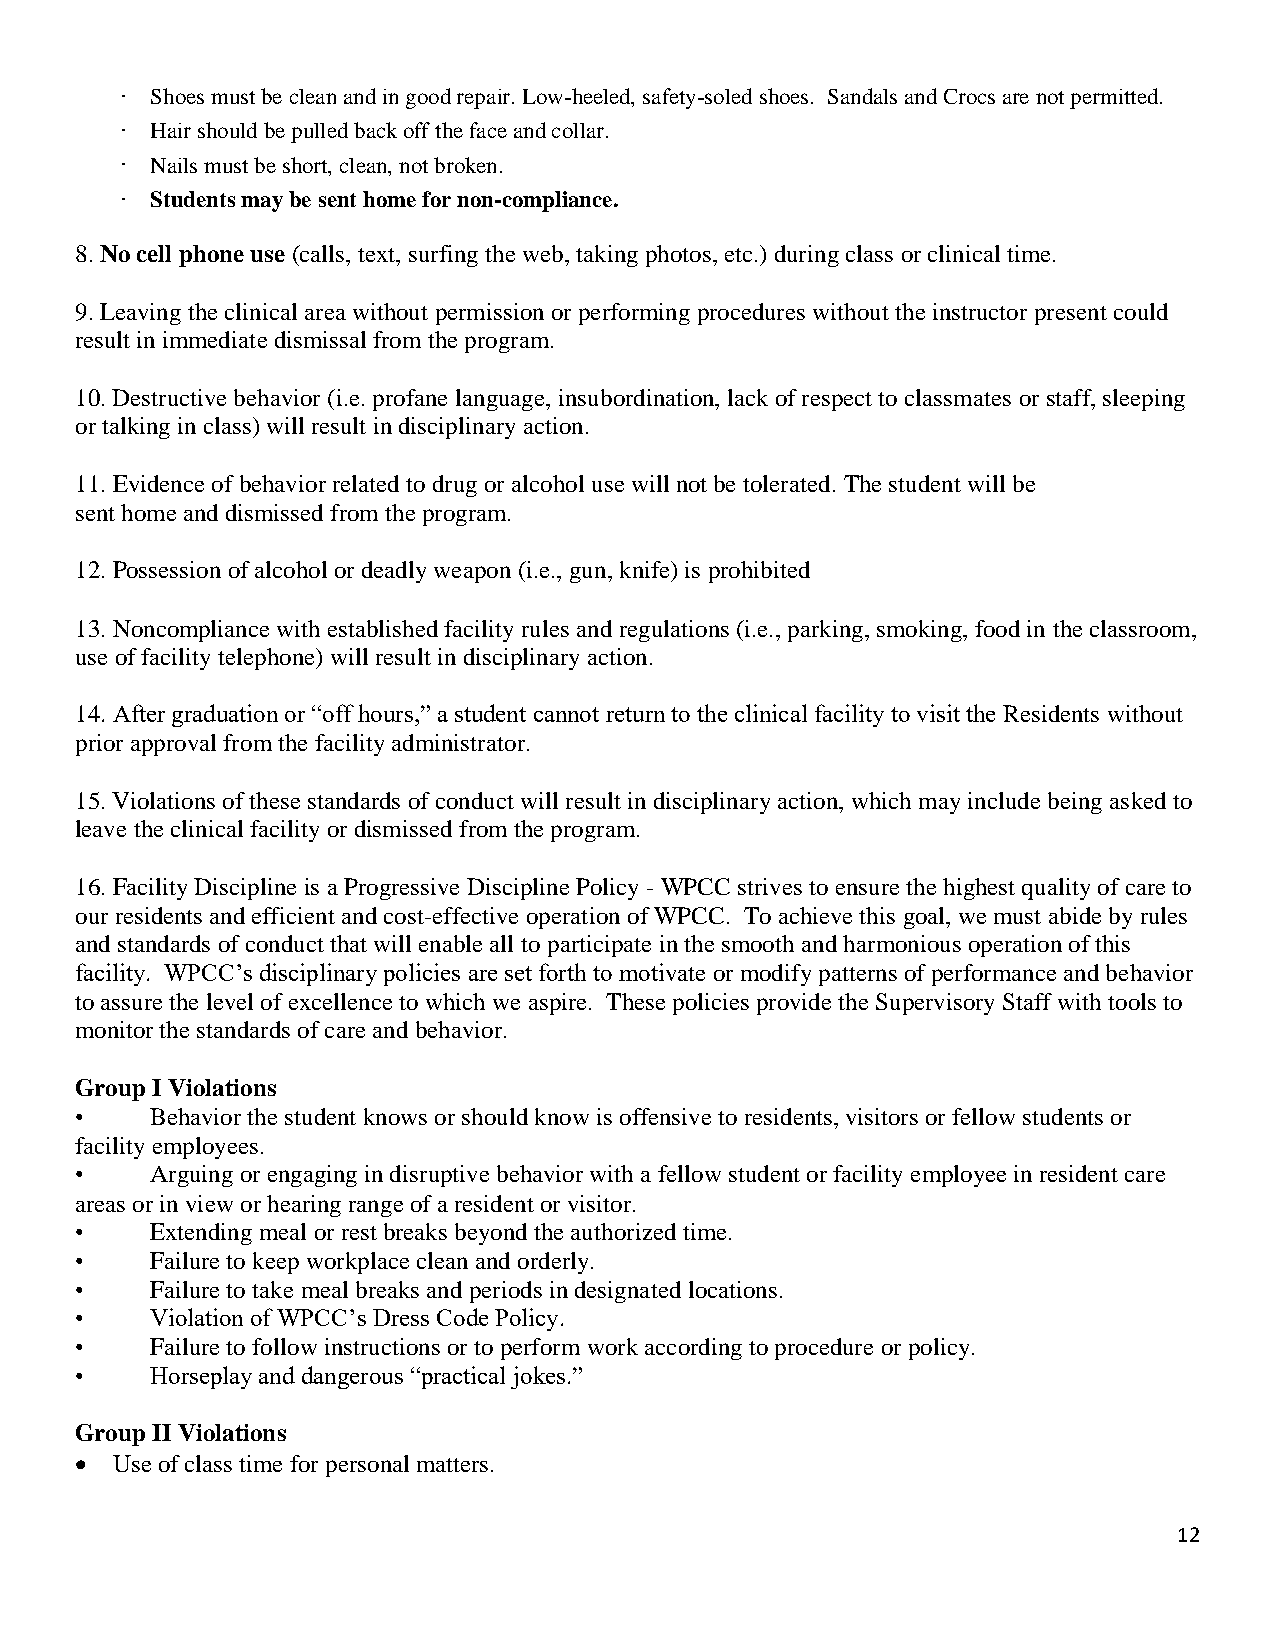
Shoes must be clean and in good repair. Low-heeled, safety-soled shoes. Sandals and Crocs are not permitted.
 Hair should be pulled back off the face and collar.
 Nails must be short, clean, not broken.
 Students may be sent home for non-compliance.
 8. No cell phone use (calls, text, surfing the web, taking photos, etc.) during class or clinical time.
 9. Leaving the clinical area without permission or performing procedures without the instructor present could
 result in immediate dismissal from the program.
 10. Destructive behavior (i.e. profane language, insubordination, lack of respect to classmates or staff, sleeping
 or talking in class) will result in disciplinary action.
 11. Evidence of behavior related to drug or alcohol use will not be tolerated. The student will be
 sent home and dismissed from the program.
 12. Possession of alcohol or deadly weapon (i.e., gun, knife) is prohibited
 13. Noncompliance with established facility rules and regulations (i.e., parking, smoking, food in the classroom,
 use of facility telephone) will result in disciplinary action.
 14. After graduation or “off hours,” a student cannot return to the clinical facility to visit the Residents without
 prior approval from the facility administrator.
 15. Violations of these standards of conduct will result in disciplinary action, which may include being asked to
 leave the clinical facility or dismissed from the program.
 16. Facility Discipline is a Progressive Discipline Policy - WPCC strives to ensure the highest quality of care to
 our residents and efficient and cost-effective operation of WPCC. To achieve this goal, we must abide by rules
 and standards of conduct that will enable all to participate in the smooth and harmonious operation of this
 facility. WPCC’s disciplinary policies are set forth to motivate or modify patterns of performance and behavior
 to assure the level of excellence to which we aspire. These policies provide the Supervisory Staff with tools to
 monitor the standards of care and behavior.
 Group I Violations
 •    Behavior the student knows or should know is offensive to residents, visitors or fellow students or
 facility employees.
 •    Arguing or engaging in disruptive behavior with a fellow student or facility employee in resident care
 areas or in view or hearing range of a resident or visitor.
 •    Extending meal or rest breaks beyond the authorized time.
 •    Failure to keep workplace clean and orderly.
 •    Failure to take meal breaks and periods in designated locations.
 •    Violation of WPCC’s Dress Code Policy.
 •    Failure to follow instructions or to perform work according to procedure or policy.
 •    Horseplay and dangerous “practical jokes.”
 Group II Violations
 • Use of class time for personal matters.
 12